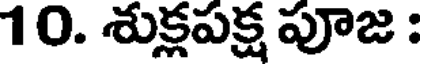
10. శుక్లపక్ష పూజ :